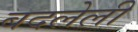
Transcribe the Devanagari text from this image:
बदलेली